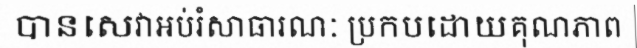
បានសេវាអប់រំសាធារណៈ ប្រកបដោយគុណភាព